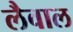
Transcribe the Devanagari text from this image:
लैवाल